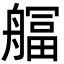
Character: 䒄